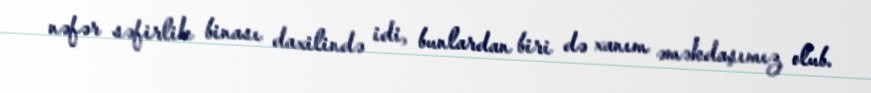
nəfər səfirlik binası daxilində idi, bunlardan biri də xanım əməkdaşımız olub.